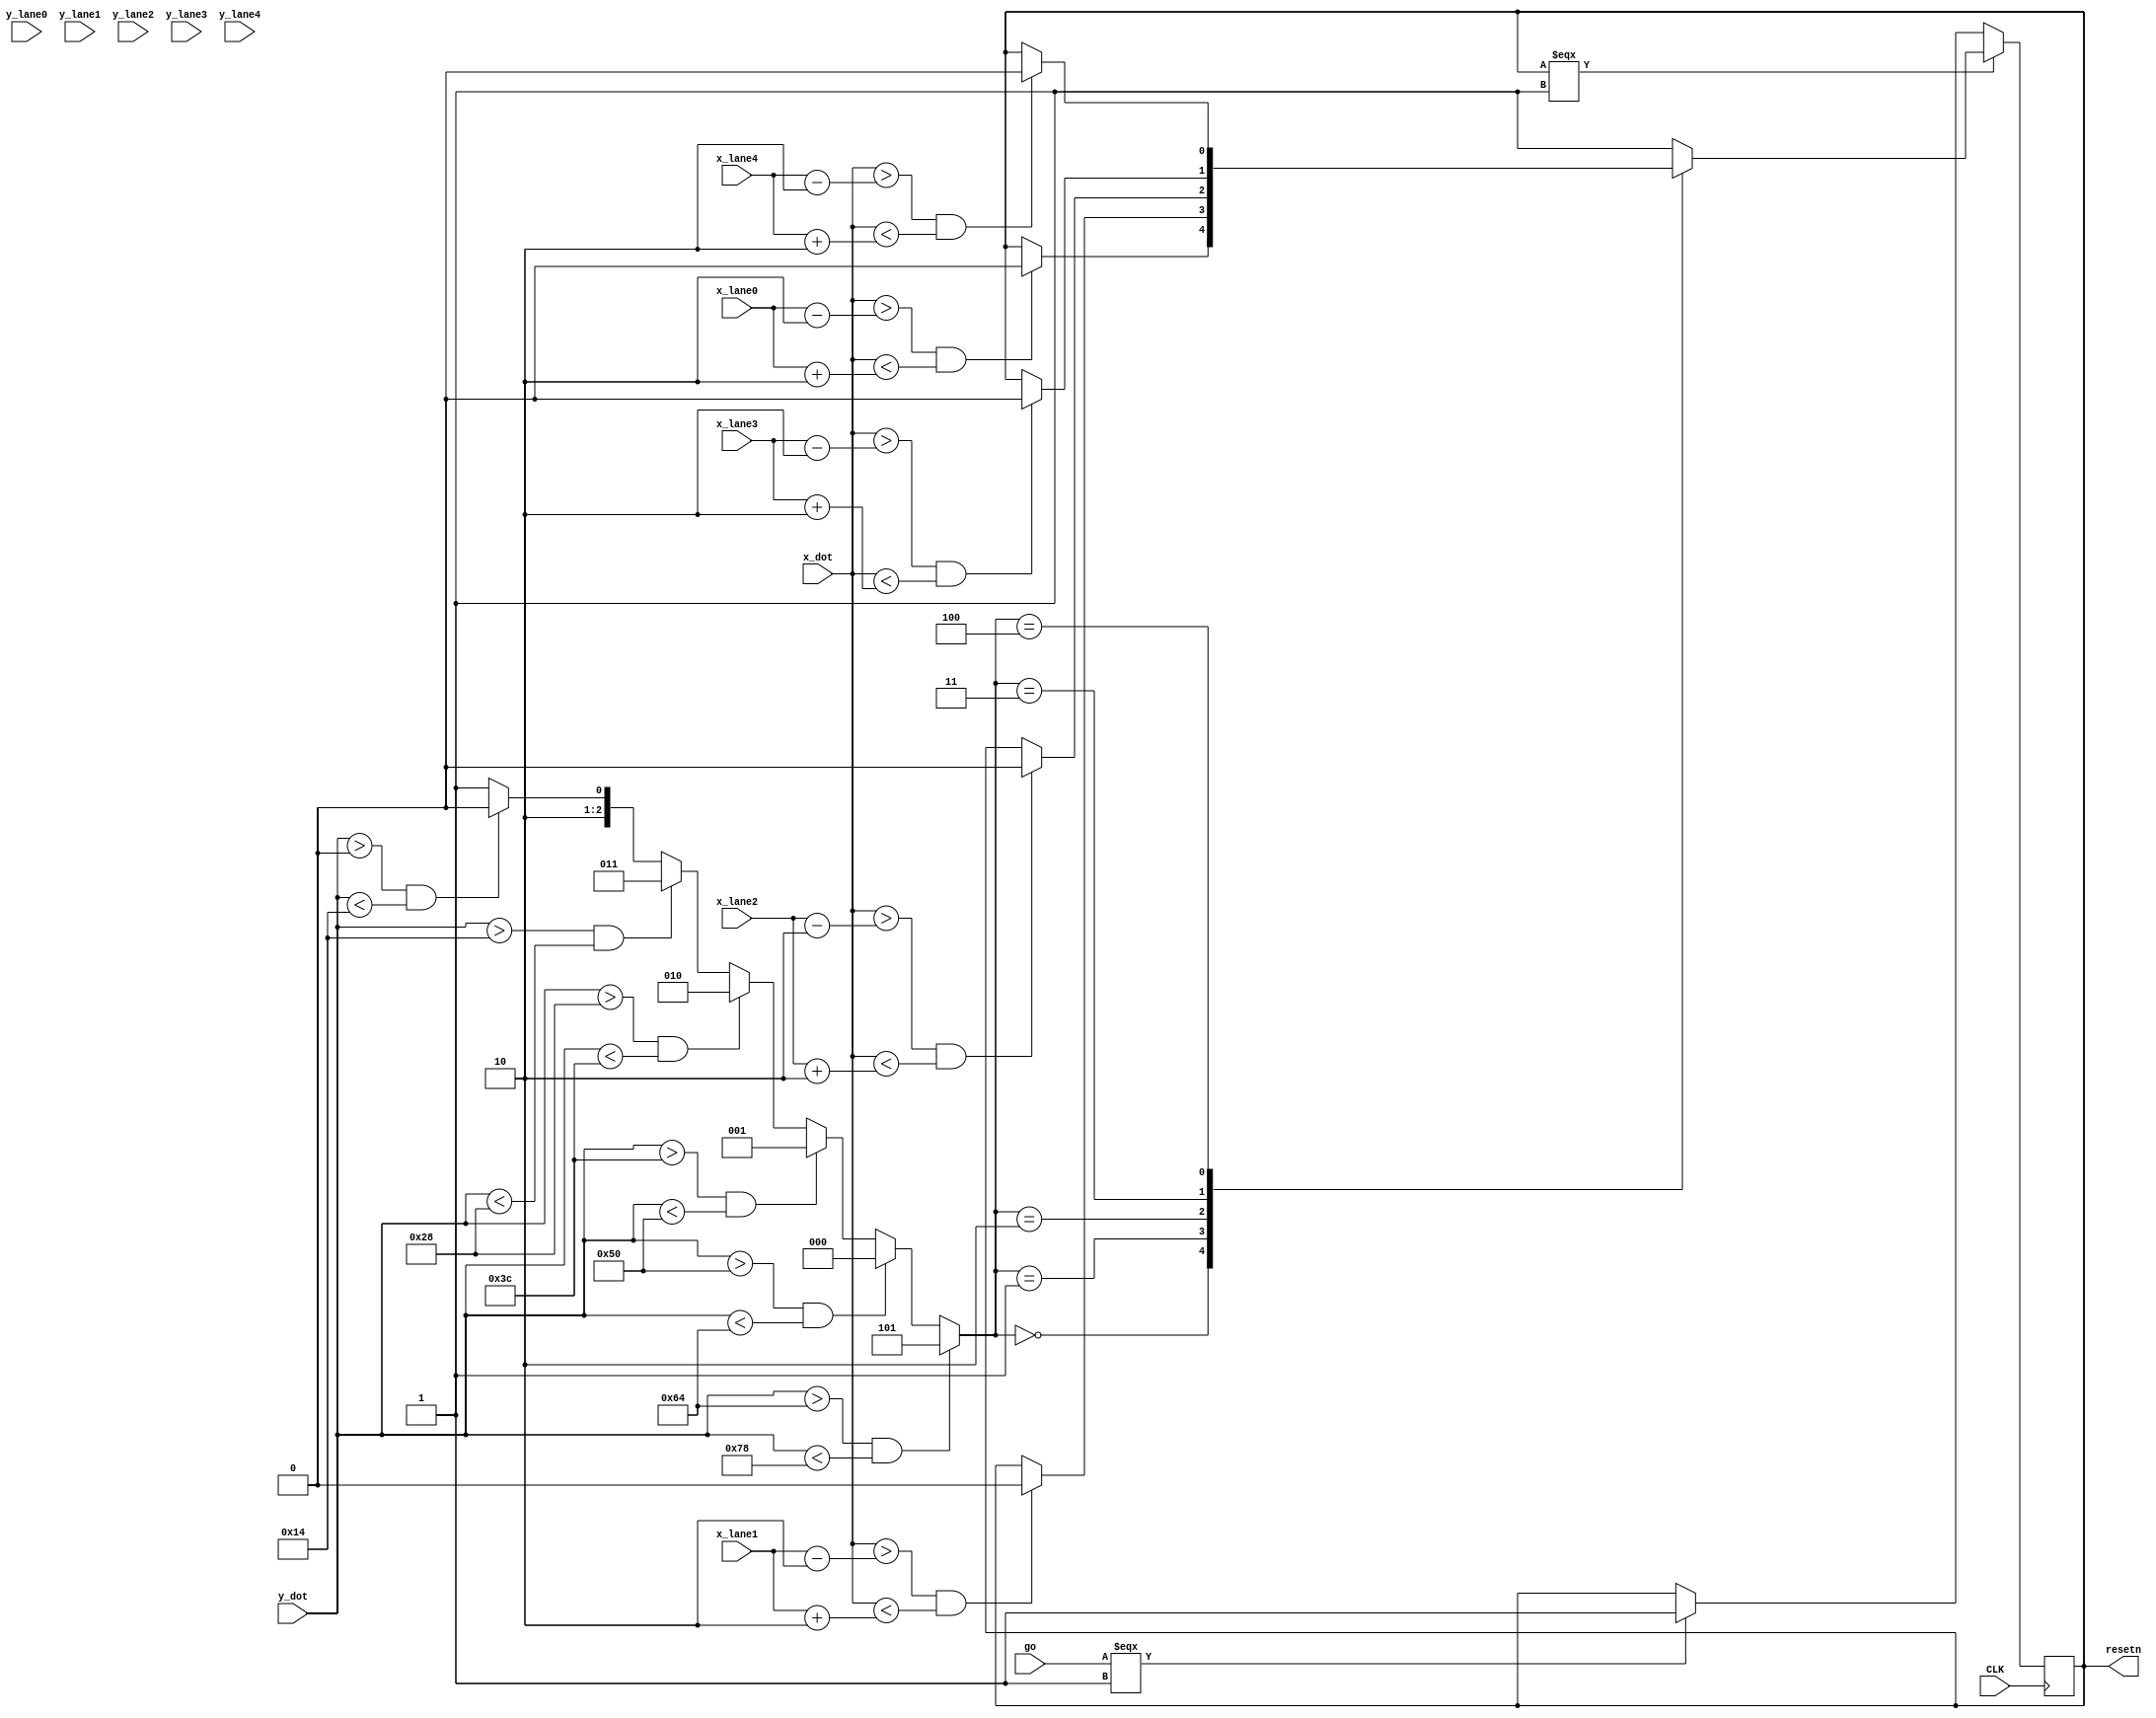
module detection(
	input go,
	input [7:0] x_lane0,
	input [6:0] y_lane0,
	
	input [7:0] x_lane1,
	input [6:0] y_lane1,
	
	
	input [7:0] x_lane2,
	input [6:0] y_lane2,
	
	
	input [7:0] x_lane3,
	input [6:0] y_lane3,
		
	input [7:0] x_lane4,
	input [6:0] y_lane4,
	
	
	input [7:0] x_dot,
	input [6:0] y_dot,
	
	input CLK,
	
	output reg resetn

);	
	
	initial resetn = 1;


	reg [2:0] x_lane;
	initial x_lane = 2'd0;
	
	always @(*)
	begin
		if(y_dot > 100 && y_dot < 120) x_lane = 5;
		else if(y_dot > 80 && y_dot < 100) x_lane = 0;
		else if(y_dot > 60 && y_dot < 80)  x_lane = 1;
		else if(y_dot > 40 && y_dot < 60)  x_lane = 2;
		else if(y_dot > 20 && y_dot < 40)  x_lane = 3;
		else if(y_dot > 0  && y_dot < 20)  x_lane = 4;
		else x_lane = 5;
	end
	
	always @(posedge CLK)
	begin
	
	if(resetn === 1)
	begin
		case(x_lane)
			0: begin
					if ((x_dot > (x_lane0 - 6'd2)) & (x_dot < (x_lane0 + 6'd2))) resetn <= 0;
				end
			1: begin
					if ((x_dot > (x_lane1 - 6'd2)) & (x_dot < (x_lane1 + 6'd2))) resetn <= 0;
				end
			2: begin
					if ((x_dot > (x_lane2 - 6'd2)) & (x_dot < (x_lane2 + 6'd2))) resetn <= 0;
				end
			3: begin
					if ((x_dot > (x_lane3 - 6'd2)) & (x_dot < (x_lane3 + 6'd2))) resetn <= 0;
				end
			4: begin
					if ((x_dot > (x_lane4 - 6'd2)) & (x_dot < (x_lane4 + 6'd2))) resetn <= 0;
				end

			default: resetn <= 1;
		endcase
	end
	else 
		begin
		if(go === 1) resetn <= 1;
		end
		
	end
	
	
	
endmodule